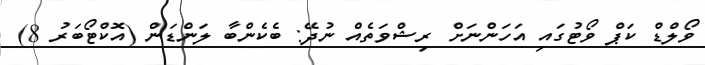
ވޯލްޑް ކަޕް ވޯޓުގައި އަހަންނަށް ރިޝްވަތެއް ނުދޭ: ބެކެންބާ ލަންޑަން (އޮކްޓޯބަރު 8)